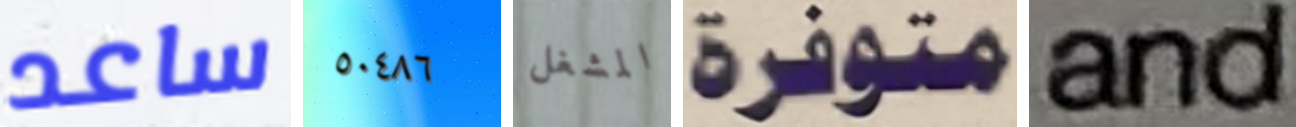
ساعد ٥٠٤٨٦ المشغل متوفرة and